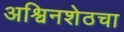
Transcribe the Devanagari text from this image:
अश्विनशेठचा